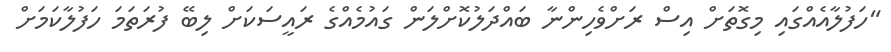
"ހަފުލާއެއްގައި މިގޮތަށް އިސް ރަށްވެހިންނާ ބައްދަލުކޮށްލަން ގައުމެއްގެ ރައީސަކަށް ލިބޭ ފުރަތަމަ ހަފުލާކަމަށް